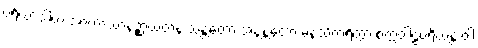
ပရိယာဒါယ အာကာသာနဉ္စာယတနံ သန္တတော အနန္တတော မနသိကရိတွာ စက္ကဝါဠပရိယန္တံ ဝါ